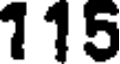
115